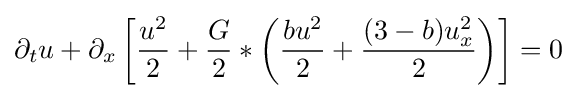
\partial _{t}u+\partial _{x}\left[{\frac {u^{2}}{2}}+{\frac {G}{2}}*\left({\frac {bu^{2}}{2}}+{\frac {(3-b)u_{x}^{2}}{2}}\right)\right]=0